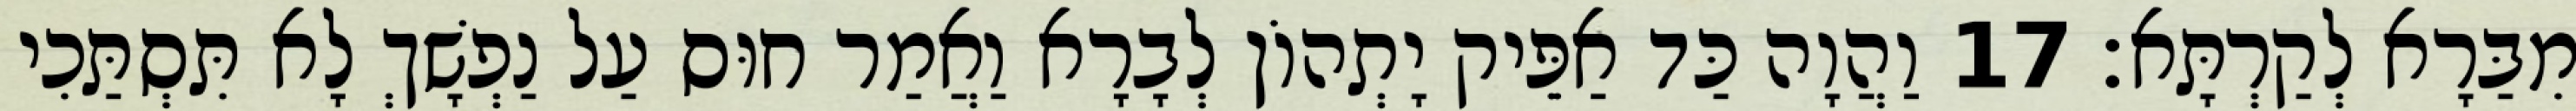
מִבַּרָא לְקַרְתָּא׃ 17 וַהֲוָה כַּד אַפֵּיק יָתְהוֹן לְבָרָא וַאֲמַר חוּס עַל נַפְשָׁךְ לָא תִּסְתַּכִי